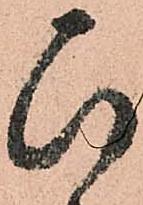
ひ